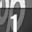
Digit: 1